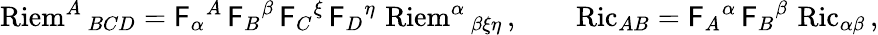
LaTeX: \operatorname{Riem}^{A}{}_{BCD}=\mathsf{F}_{\alpha}{}^{A}\, \mathsf{F}_{B}{}^{\beta}\, \mathsf{F}_{C}{}^{\xi}\, \mathsf{F}_{D}{}^{\eta}\, \operatorname{Riem}^{\alpha}{}_{\beta\xi\eta}\, ,\qquad\operatorname{Ric}_{AB}=\mathsf{F}_{A}{}^{\alpha}\, \mathsf{F}_{B}{}^{\beta}\, \operatorname{Ric}_{\alpha\beta}\, ,